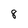
Character: 8